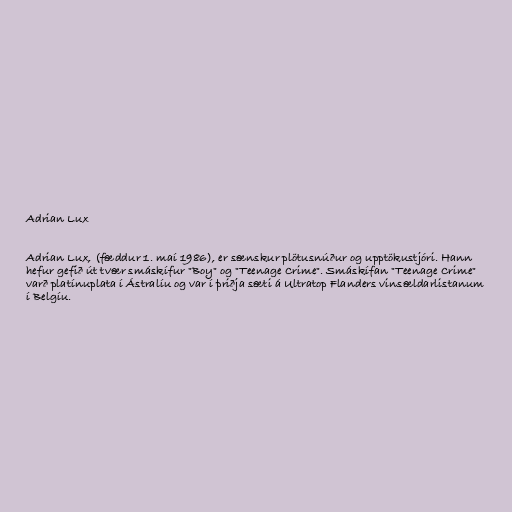
Adrian Lux

Adrian Lux, (fæddur 1. maí 1986), er sænskur plötusnúður og upptökustjóri. Hann
hefur gefið út tvær smáskífur "Boy" og "Teenage Crime". Smáskífan "Teenage Crime"
varð platínuplata í Ástralíu og var í þriðja sæti á Ultratop Flanders vinsældarlistanum
í Belgíu.